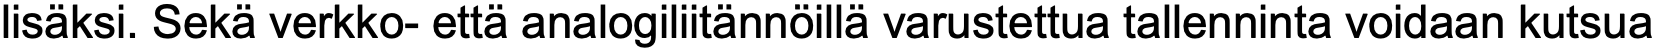
lisäksi. Sekä verkko- että analogiliitännöillä varustettua tallenninta voidaan kutsua